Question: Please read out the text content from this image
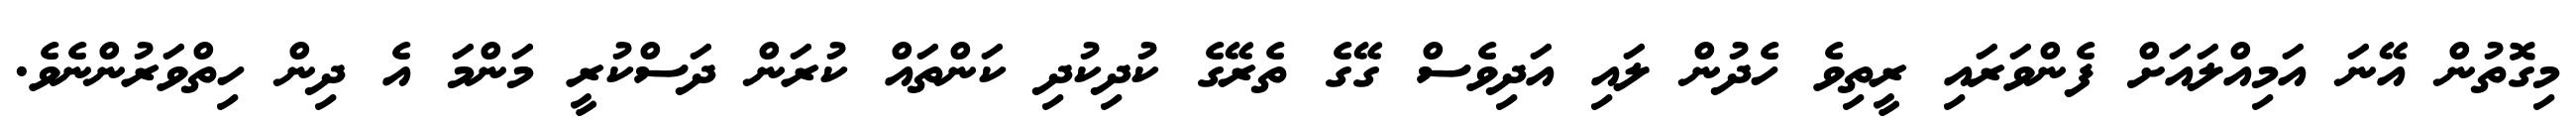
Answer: މިގޮތުން އޭނަ އަމިއްލައަށް ފެންވަރައި ރީތިވެ ހެދުން ލައި އަދިވެސް ގޭގެ ތެރޭގެ ކުދިކުދި ކަންތައް ކުރަން ދަސްކުރީ މަންމަ އެ ދިން ހިތްވަރުންނެވެ.